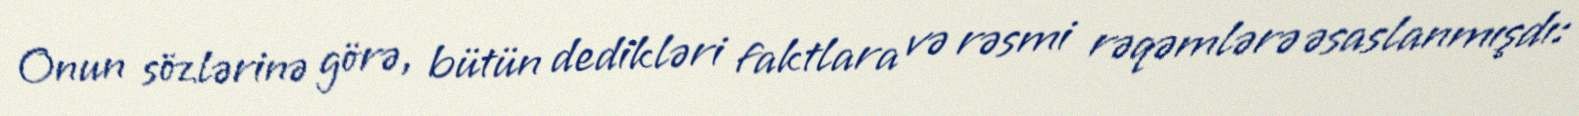
Onun sözlərinə görə, bütün dedikləri faktlara və rəsmi rəqəmlərə əsaslanmışdı: